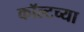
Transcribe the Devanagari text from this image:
कॉल्टच्या